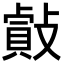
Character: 𢿡